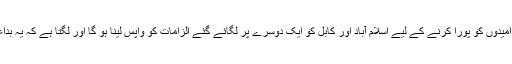
لیکن افغان صدر اشرف غنی کی امیدوں کو پورا کرنے کے لیے اسلام آباد اور کابل کو ایک دوسرے پر لگائے گئے الزامات کو واپس لینا ہو گا اور لگتا ہے کہ یہ بداعتمادی کی فضا جاری رہے گی۔